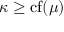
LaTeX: \kappa \geq \operatorname { c f } ( \mu )